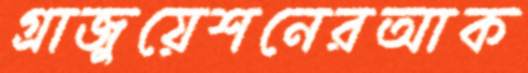
গ্রাজুয়েশনেরআক